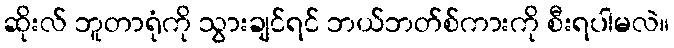
ဆိုးလ် ဘူတာရုံကို သွားချင်ရင် ဘယ်ဘတ်စ်ကားကို စီးရပါမလဲ။